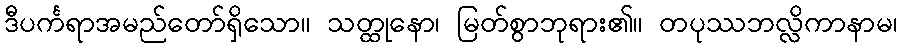
ဒီပင်္ကရာအမည်တော်ရှိသော။ သတ္ထုနော၊ မြတ်စွာဘုရား၏။ တပုဿဘလ္လိကာနာမ၊